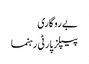
بے روگاری
پیپلز پارٹی رہنما